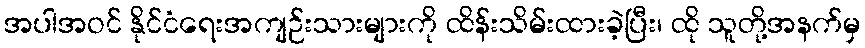
အပါအဝင် နိုင်ငံရေးအကျဉ်းသားများကို ထိန်းသိမ်းထားခဲ့ပြီး၊ ထို သူတို့အနက်မှ